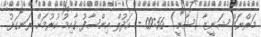
މަރްޔަމް ޝަނީޒާ (ޝާނީ) 09:56 - އަދުލް އިންސާފު ޤާއިމު ކުރުމަށް ރަނގަޅު